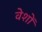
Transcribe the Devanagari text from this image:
वेशों